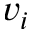
v _ { i }